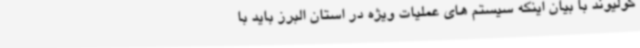
کولیوند با بیان اینکه سیستم های عملیات ویژه در استان البرز باید با